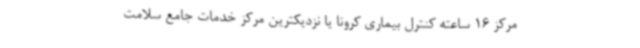
مرکز 16 ساعته کنترل بیماری کرونا یا نزدیکترین مرکز خدمات جامع سلامت